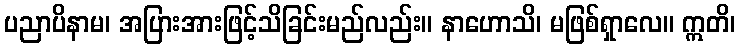
ပညာပိနာမ၊ အပြားအားဖြင့်သိခြင်းမည်လည်း။ နာဟောသိ၊ မဖြစ်ရှာလေ။ ဣတိ၊